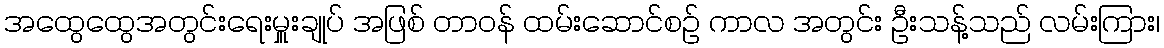
အထွေထွေအတွင်းရေးမှူးချုပ် အဖြစ် တာဝန် ထမ်းဆောင်စဉ် ကာလ အတွင်း ဦးသန့်သည် လမ်းကြား၊